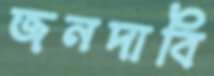
জনদাবি